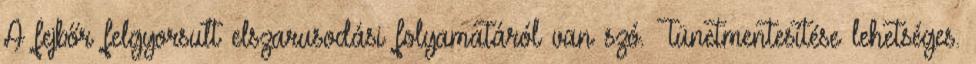
A fejbőr felgyorsult elszarusodási folyamatáról van szó. Tünetmentesítése lehetséges.